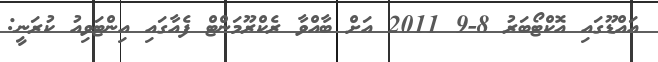
އައްޑޫގައި އޮކްޓޯބަރު 8-9 2011 އަށް ބާއްވާ ރެކްރޫމަންޓް ފެއާގައި އިންޓަވިއު ކުރަނީ: